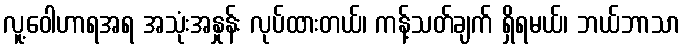
လူ့ဝေါဟာရအရ အသုံးအနှုန်း လုပ်ထားတယ်၊ ကန့်သတ်ချက် ရှိရမယ်၊ ဘယ်ဘာသာ